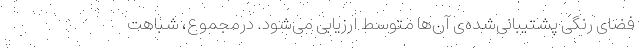
فضای رنگی پشتیبانی‌شده‌‌ی آن‌ها متوسط ارزیابی می‌شود. درمجموع، شباهت